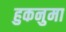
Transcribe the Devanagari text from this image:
हुकनुमा